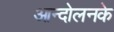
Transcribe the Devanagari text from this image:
आन्दोलनके